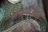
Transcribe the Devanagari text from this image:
कारडाईटेलीज़